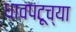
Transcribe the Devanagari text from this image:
धावपटूच्या